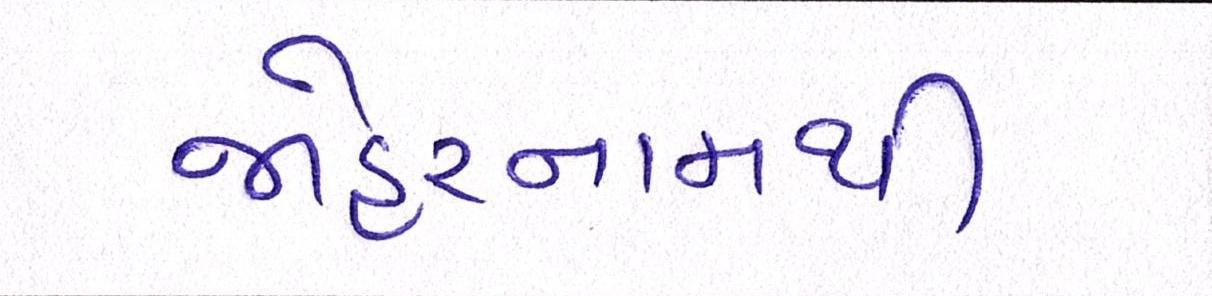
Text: જાહેરનામાથી